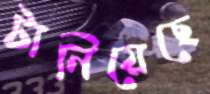
টানিয়েছে